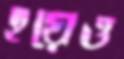
হয়েও